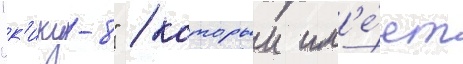
"к'ику-8" / которыи им'е́ет